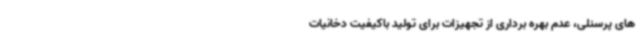
های پرسنلی، عدم بهره برداری از تجهیزات برای تولید باکیفیت دخانیات